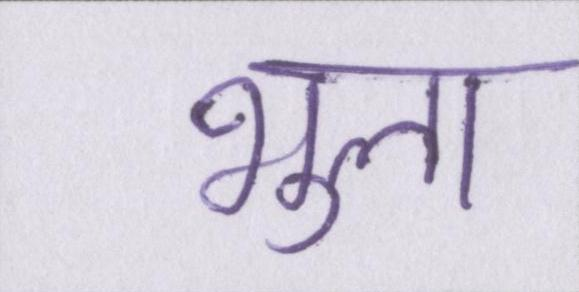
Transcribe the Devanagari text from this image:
भुला